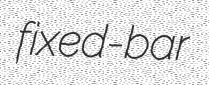
fixed-bar